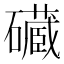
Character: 𮁔